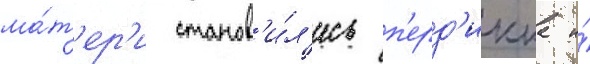
ма́т'ер'и станов'и́л'ись п'ерд'икка и́